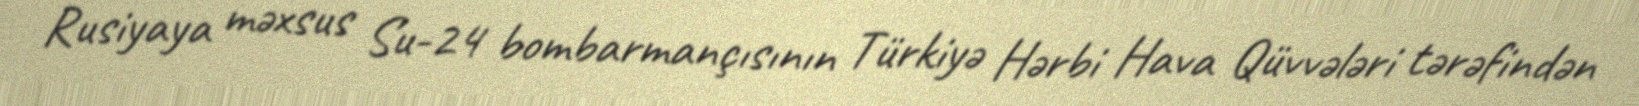
Rusiyaya məxsus Su-24 bombarmançısının Türkiyə Hərbi Hava Qüvvələri tərəfindən